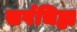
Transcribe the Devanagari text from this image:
सर्पचिह्म